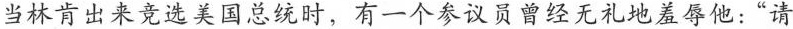
当林肯出来竞选美国总统时，有一个参议员曾经无礼地羞辱他：”请